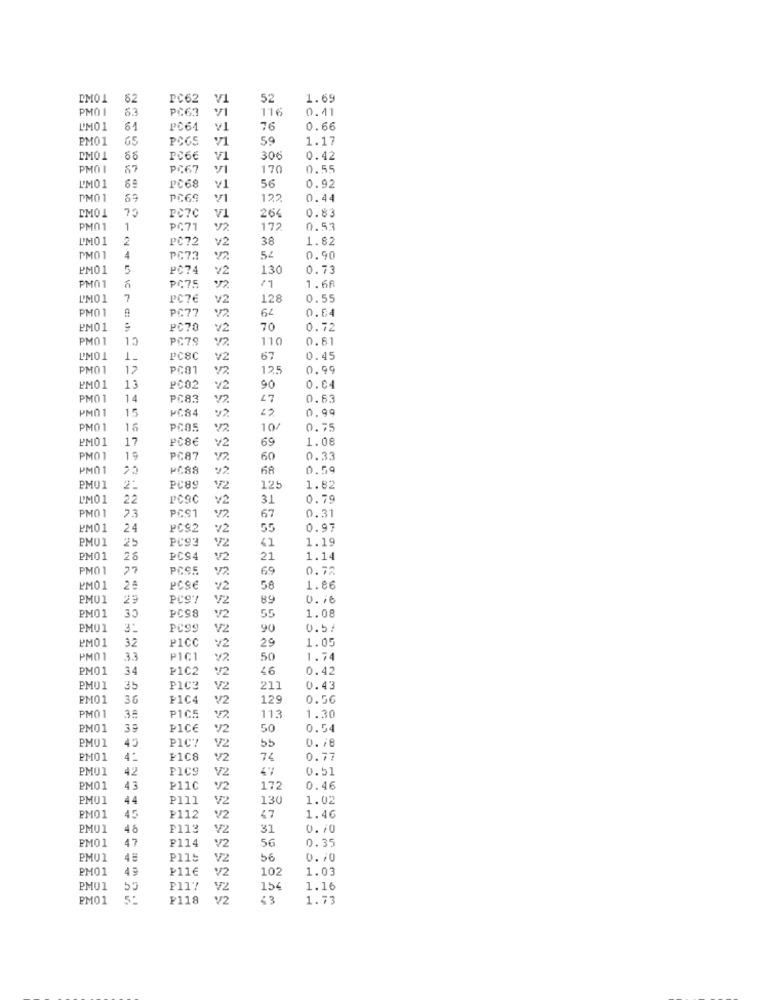
DM01
82
PC62
V1
52
1.69
PMO I
53
PC63
116
0.41
L'M01
PC64
76
0.66
PM01
PCGS
59
1.17
DM01
PC66
V1
306
0.42
67
PC67
170
0.55
56
L'M01
10
PC68
¥1
0.92
PM01
69
PC69
122
0.44
73
V1
0.83
DM01
PC70
264
PM01
1
PC71
v2
172
0.53
PM01
2
PC72
v2
38
1.82
PMO1
4
PC73
54
0.90
PMO1
5
PC74
¥2
130
0.73
PMOT
PC75
12
1
1.68
L'MO1
7
PC7€
v2
128
0.55
PM01
PC77
v2
64
0.64
PM01
PC70
v2
70
0.72
PM01
13
PC79
110
0.61
T
L'M01
PC8C
v2
67
0.45
PM01
12
PC81
V2
125
0.99
PM01
PC02
v2
90
0.04
PM01
14
PC83
47
0.63
PM01
15
MC84
0.99
PMO 1
16
PCOS
V2
10/
0.75
PM01
17
PC86
69
1.08
v2
PM0 1
19
PC87
V2
60
0.33
PM01
22
68
0.59
PM01
2:
PC89
V2
125
1.82
L'M01
22
PCSC
v2
31
0.79
23
0.31
PM01
PCS1
67
PM01
24
PC92
¥2
55
0.97
PMU1
25
PC93
1.19
V2
41
PM01
26
PC94
V2
21
1.14
PM01
PCSS
69
0.72.
PM01
PCSE
v2
58
1.86
PMU1
25
V2
89
0. 76
PM01
1.08
35
PC98
V2
55
PM01
3:
PC99
V2
90
0.57
PM01
32
PICC
29
1.05
¥2
PM01
3.
PICI
v2
50
1.74
PM01
34
P1C2
V2
46
0.42
PMU1
PIC3
V2
211
0.43
PM01
36
PIC4
V2
129
0.50
PM01
PICS
22
113
1.30
PM01
PICE
v2
50
0.54
PM01
45
PICT
55
0.78
V2
PM01
4:
F108
V2
74
0.77
PMU1
42
PIC9
V2
47
0.51
PMO1
P11C
V2
172
0.46
PMU1
44
P111
V2
130
1.02
PM01
45
₣112
V2
47
1.46
PM01
48
F113
V2
31
0. 70
PMO 1
47
P114
V2
56
0.35
PMU1
P115
V2
56
0. 70
PM01
P11€
V2
102
1.03
PMU1
V2
154
1.16
PM01
P118
:3
1.73